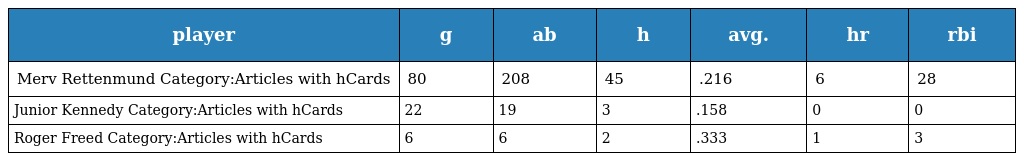
| player | g | ab | h | avg. | hr | rbi |
 | --- | --- | --- | --- | --- | --- | --- |
 | Merv Rettenmund Category:Articles with hCards | 80 | 208 | 45 | .216 | 6 | 28 |
 | Junior Kennedy Category:Articles with hCards | 22 | 19 | 3 | .158 | 0 | 0 |
 | Roger Freed Category:Articles with hCards | 6 | 6 | 2 | .333 | 1 | 3 |